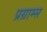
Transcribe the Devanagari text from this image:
प्रग्राम्स